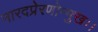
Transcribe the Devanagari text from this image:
नारदप्रेरणोन्मुखः।